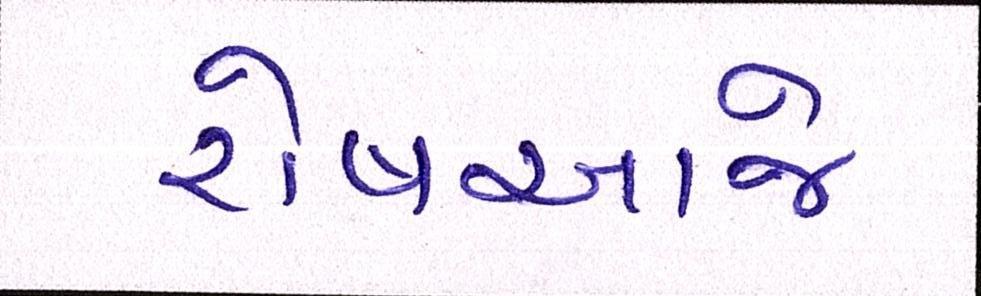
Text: રોષઆજે